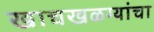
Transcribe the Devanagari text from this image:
खाचखळग्यांचा